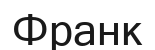
Франк